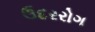
ઉદરરોગ